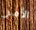
الأمر